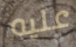
عليه